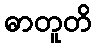
ဓာတူတိ